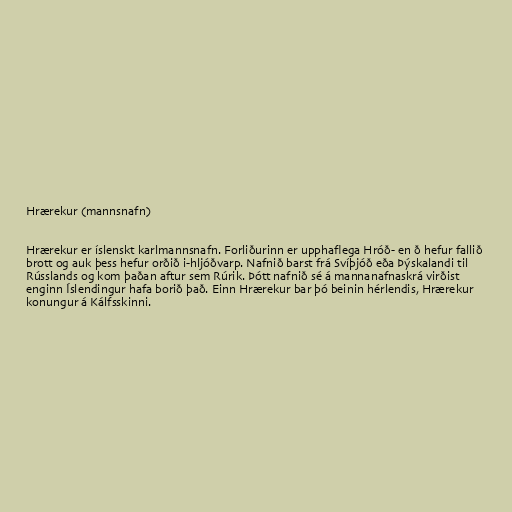
Hrærekur (mannsnafn)

Hrærekur er íslenskt karlmannsnafn. Forliðurinn er upphaflega Hróð- en ð hefur fallið
brott og auk þess hefur orðið i-hljóðvarp. Nafnið barst frá Svíþjóð eða Þýskalandi til
Rússlands og kom þaðan aftur sem Rúrik. Þótt nafnið sé á mannanafnaskrá virðist
enginn Íslendingur hafa borið það. Einn Hrærekur bar þó beinin hérlendis, Hrærekur
konungur á Kálfsskinni.